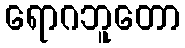
ရောဂဘူတော